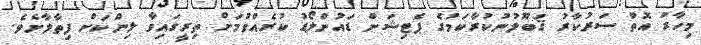
މިހާރު އޮތް ސަރުކާރު ޤަބޫލުނުކުރާކަމުގެ ޕެޓިޝަން ޑައުންލޯޑު ކުރެއްވުމަށް ތިރީގައިވާ ލިންކަށް ފިތާލާށެވެ.